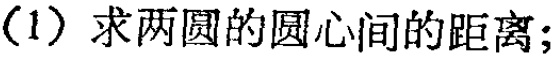
(1) 求两圆的圆心间的距离；